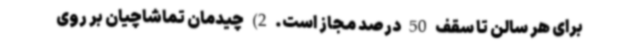
برای هر سالن تا سقف 50 درصد مجاز است. 2) چیدمان تماشاچیان بر روی